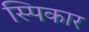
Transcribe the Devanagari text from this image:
स्पिकार